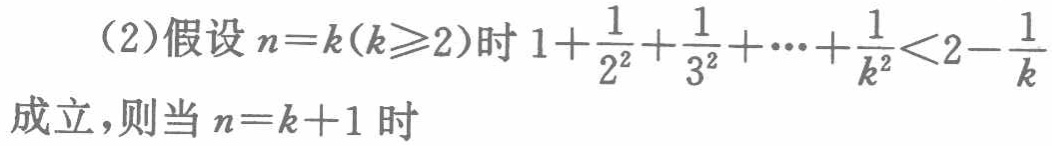
（2）假设\(n = k(k\geqslant2)\)时\(1+\frac{1}{2^{2}}+\frac{1}{3^{2}}+\cdots+\frac{1}{k^{2}}<2 - \frac{1}{k}\)成立，则当\(n = k + 1\)时